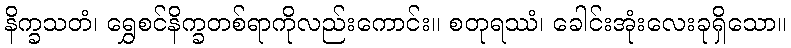
နိက္ခသတံ၊ ရွှေစင်နိက္ခတစ်ရာကိုလည်းကောင်း။ စတုရဿံ၊ ခေါင်းအုံးလေးခုရှိသော။